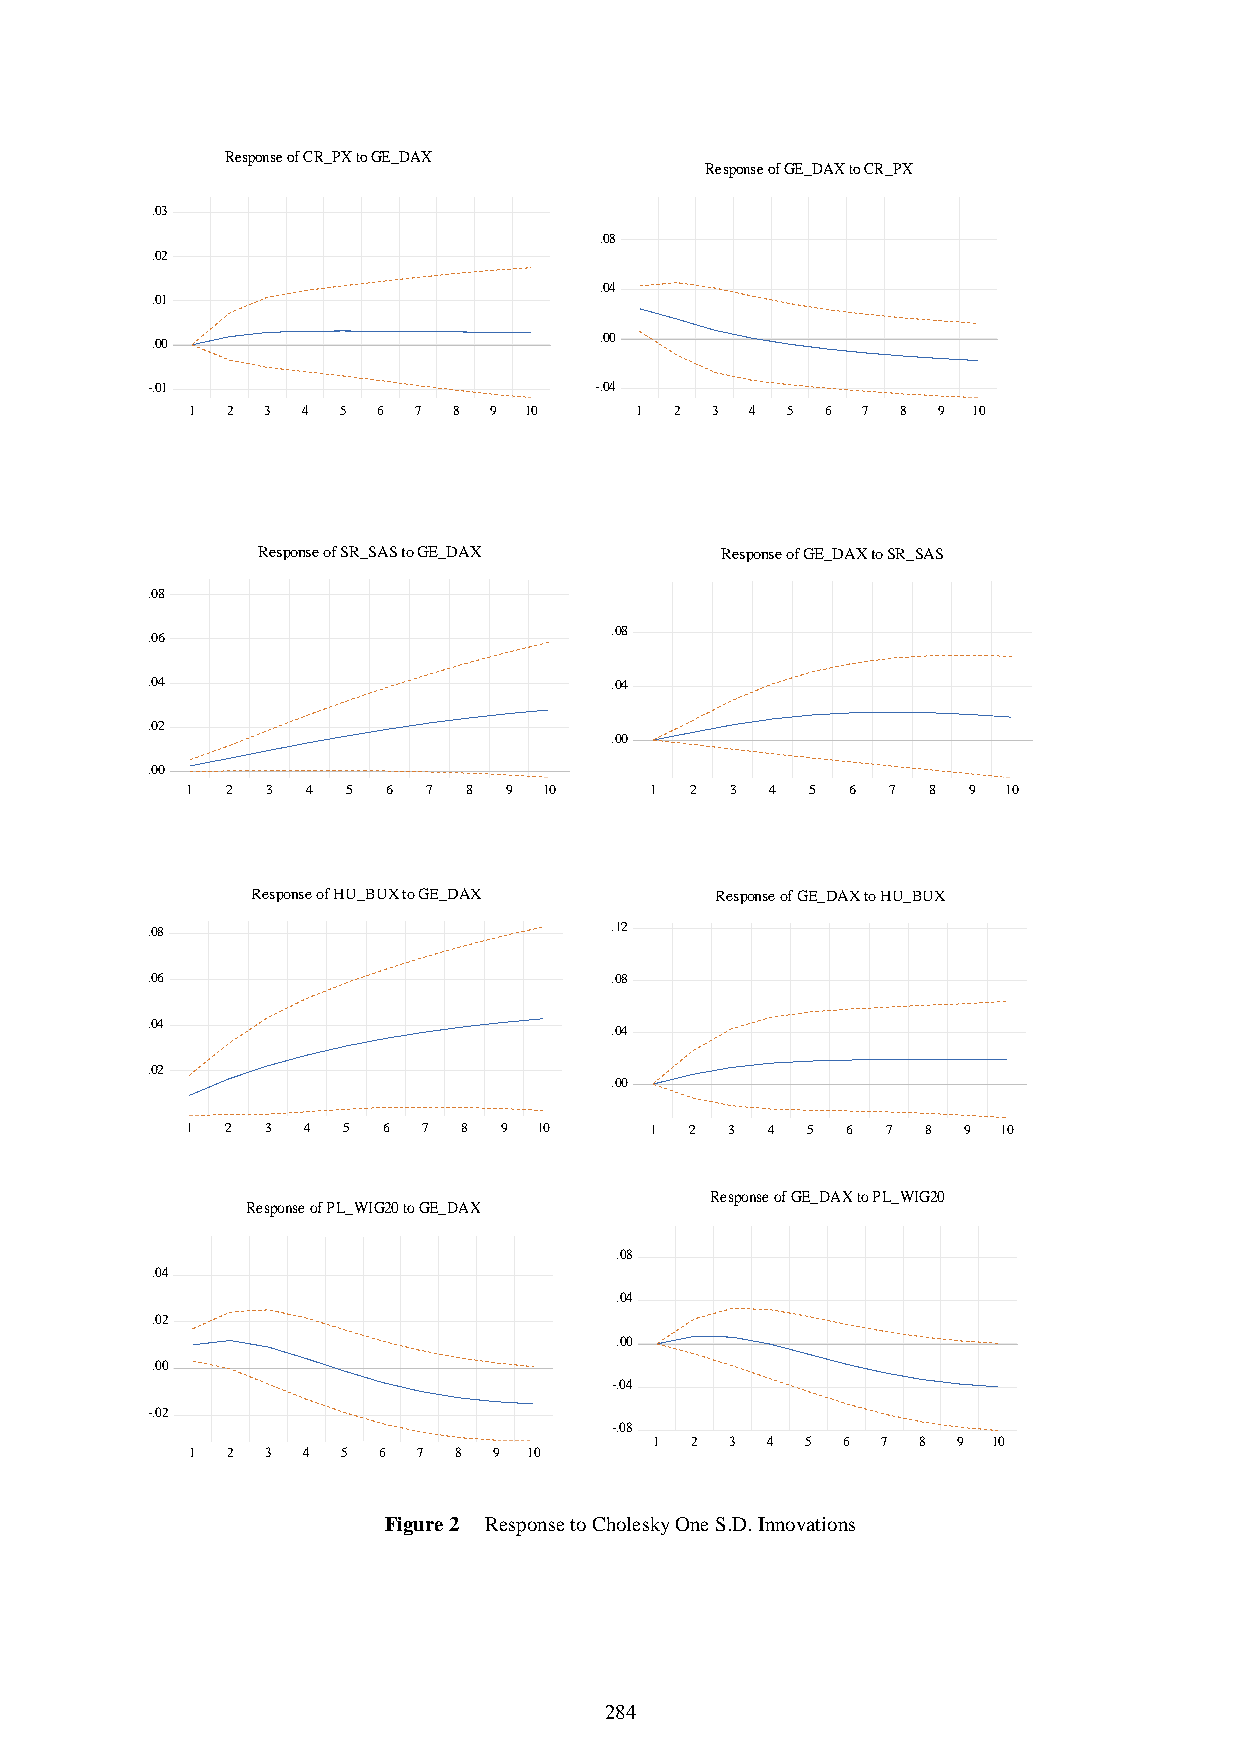
Response of GE_DAX to PL_WIG20
 Response of PL_WIG20 to GE_DAX
 .08
 .04
 .04
 .02
 .00
 .00
 -.04
 -.02
 -.08
 1  2 3  4 5  6 7  8 9  10
 1 2  3 4  5 6  7 8  9 10
 Figure 2 Response to Cholesky One S.D. Innovations
 284
 .03
 .02
 .01
 .00
 -.01
 .0 8
 .0 6
 .0 4
 .0 2
 .0 0
 .0 8
 .0 6
 .0 4
 .0 2
 1
 1
 1
 R
 2
 2
 2
 e sp o n se
 3
 R e s
 3
 R e s p
 3
 o f C R _ P X to G E _
 4 5  6
 p o n s e o f S R _ S A S
 4  5  6
 o n s e o f H U _ B U X
 4  5 6
 D A X
 7
 to G E
 7
 to G E
 7
 _
 _
 8
 D A X
 8
 D A X
 8
 9
 9
 9
 10
 1 0
 1 0
 .08
 .04
 .00
 -.04
 .0
 .0
 .0
 .1
 .0
 .0
 .0
 8
 4
 0
 2
 8
 4
 0
 1
 1
 1
 2
 2
 2
 R e sp o n se o f G E _ D A
 3  4 5  6
 R e s p o n s e o f G E _
 3  4  5
 R e s p o n s e o f G E _ D
 3  4 5
 X
 D
 A
 to C R _ P X
 7  8
 A X to S R _ S
 6  7
 X to H U _ B
 6  7
 9
 A S
 8
 U X
 8
 10
 9
 9
 1 0
 1 0